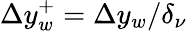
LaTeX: \Delta y_{w}^{+}=\Delta y_{w}/\delta_{\nu}